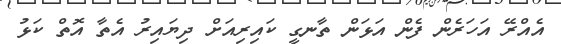
އެއްރޭ އަހަރެން ފެން އަޅަން ތާނގީ ކައިރިއަށް ދިޔައިރު އެތާ އޮތް ކަޅު